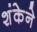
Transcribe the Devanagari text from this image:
शंकेने